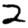
Digit: 2